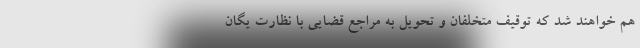
هم خواهند شد که توقیف متخلفان و تحویل به مراجع قضایی با نظارت یگان